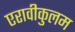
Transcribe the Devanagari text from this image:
एरावीकुलम